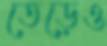
তেড়েও